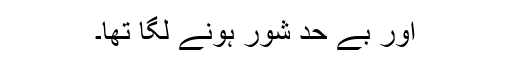
اور بے حد شور ہونے لگا تھا۔